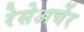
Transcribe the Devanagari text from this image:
रेसेअर्चेर